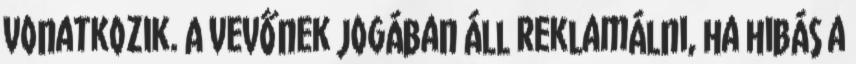
vonatkozik. A vevőnek jogában áll reklamálni, ha hibás a